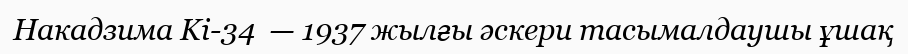
Накадзима Ki-34  — 1937 жылғы әскери тасымалдаушы ұшақ